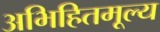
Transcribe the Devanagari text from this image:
अभिहितमूल्य